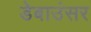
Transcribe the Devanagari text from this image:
डेबाउंसर